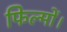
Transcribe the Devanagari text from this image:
फिल्मों।